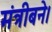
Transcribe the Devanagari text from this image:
मंत्रीबने।